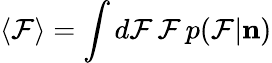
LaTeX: \langle\mathcal{F}\rangle=\int d\mathcal{F}\, \mathcal{F}\, p(\mathcal{F}|{\mathbf n})